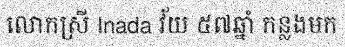
លោកស្រី Inada វ័យ ៥៧ឆ្នាំ កន្លងមក